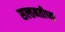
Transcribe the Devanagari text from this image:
सल्तनतीच्या